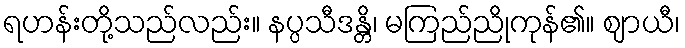
ရဟန်းတို့သည်လည်း။ နပ္ပသီဒန္တိ၊ မကြည်ညိုကုန်၏။ ဈာယီ၊